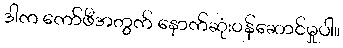
ဒါက ကော်ဖီအတွက် နောက်ဆုံးဝန်ဆောင်မှုပါ။